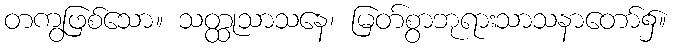
တကွဖြစ်သော။ သတ္ထုသာသနေ၊ မြတ်စွာဘုရားသာသနာတော်၌။